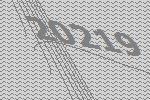
20219